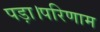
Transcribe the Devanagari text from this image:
पड़ा।परिणाम